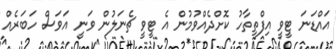
އައްޑަނަ ޓީވީ އިފްތިތާހު ކޮށްދެއްވުމުން އެ ޓީވީ ޗެނަލުން ވަނީ އަވަސް ހަބަރެއް